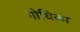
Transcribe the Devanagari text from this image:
गोधिका